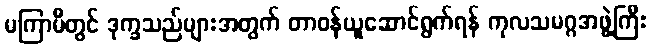
မကြာမီတွင် ဒုက္ခသည်များအတွက် တာဝန်ယူဆောင်ရွက်ရန် ကုလသမဂ္ဂအဖွဲ့ကြီး